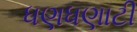
ધણધણાટી